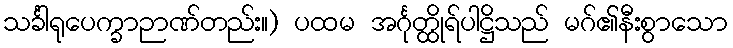
သင်္ခါရုပေက္ခာဉာဏ်တည်း။) ပထမ အင်္ဂုတ္ထိုရ်ပါဋ္ဌိသည် မဂ်၏နီးစွာသော